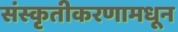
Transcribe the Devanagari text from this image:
संस्कृतीकरणामधून